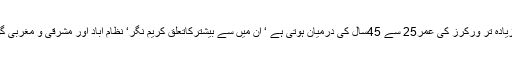
خلیجی ممالک میں فوت ہونے والے زیادہ تر ورکرز کی عمر25 سے 45سال کی درمیان ہوتی ہے ‘ ان میں سے بیشترکاتعلق کریم نگر‘ نظام آباد اور مشرقی و مغربی گوداوری اور کڑپہ ضلع سے ہوتا ہے۔